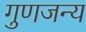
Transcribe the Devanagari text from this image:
गुणजन्य